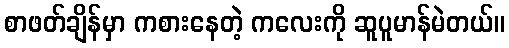
စာဖတ်ချိန်မှာ ကစားနေတဲ့ ကလေးကို ဆူပူမာန်မဲတယ်။